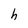
Character: h